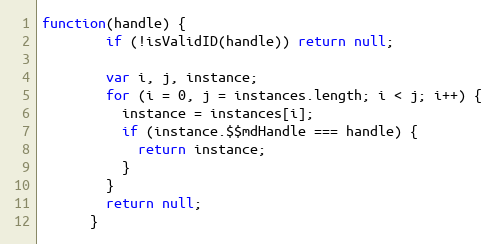
Language: JavaScript
function(handle) {
        if (!isValidID(handle)) return null;

        var i, j, instance;
        for (i = 0, j = instances.length; i < j; i++) {
          instance = instances[i];
          if (instance.$$mdHandle === handle) {
            return instance;
          }
        }
        return null;
      }